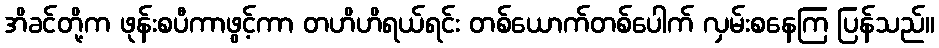
အိခင်တို့က ဖုန်းစပီကာဖွင့်ကာ တဟိဟိရယ်ရင်း တစ်ယောက်တစ်ပေါက် လှမ်းစနေကြ ပြန်သည်။